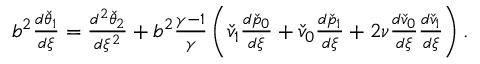
\begin{array} { r } { b ^ { 2 } \frac { d \check { \theta } _ { 1 } } { d \xi } = \frac { d ^ { 2 } \check { \theta } _ { 2 } } { d \xi ^ { 2 } } + b ^ { 2 } \frac { \gamma - 1 } { \gamma } \left( \check { v } _ { 1 } \frac { d \check { p } _ { 0 } } { d \xi } + \check { v } _ { 0 } \frac { d \check { p } _ { 1 } } { d \xi } + 2 \nu \frac { d \check { v } _ { 0 } } { d \xi } \frac { d \check { v } _ { 1 } } { d \xi } \right) . } \end{array}